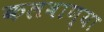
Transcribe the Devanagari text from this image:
कलवाण्या